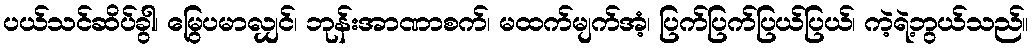
ပယ်သင်ဆိပ်ခွါ၊ မြွေပမာလျှင်၊ ဘုန်းအာဏာစက်၊ မထက်မျက်အံ့၊ ပြက်ပြက်ပြယ်ပြယ်၊ ကဲ့ရဲ့ဘွယ်သည်။